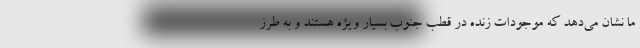
ما نشان می‌دهد که موجودات زنده در قطب جنوب بسیار ویژه هستند و به طرز